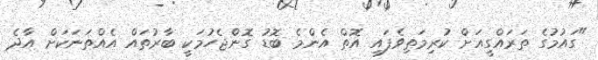
"ގައުމުގެ ތަރައްގީއަށް ކުރިމަތިވެފައި އޮތް އެންމެ ބޮޑު ގޮންޖެހުމަކީ ބާރުތައް އެއްތަނަކަށް އާދެ